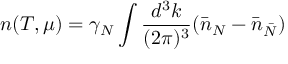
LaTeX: n ( T , \mu ) = \gamma _ { N } \int \frac { d ^ { 3 } k } { ( 2 \pi ) ^ { 3 } } ( \bar { n } _ { N } - \bar { n } _ { \bar { N } } )